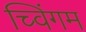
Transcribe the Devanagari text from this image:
च्विंगम